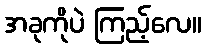
အခုကိုပဲ ကြည့်လေ။